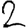
Digit: 2